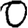
Digit: 0